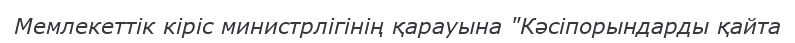
Мемлекеттік кіріс министрлігінің қарауына "Кәсіпорындарды қайта